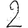
Digit: 2